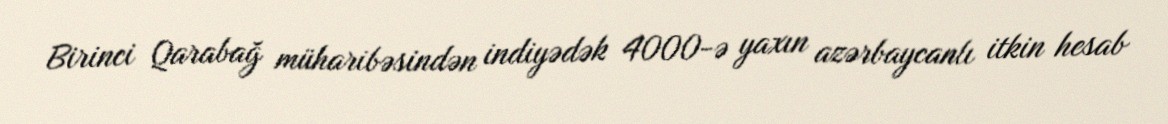
Birinci Qarabağ müharibəsindən indiyədək 4000-ə yaxın azərbaycanlı itkin hesab